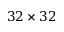
3 2 \times 3 2